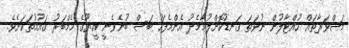
މަޝްވަރާތައް ހުއްޓާލުން ނުވަތަ ގަނޑުކޮށްލުމާމެދު އެންމެފަހު ބަސް ބުނެވެނީ އީޔޫގެ މެމްބަރު ގައުމުތަކަށެވެ.